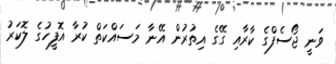
ވަނީ ޖޯސެފްގެ ކާރާއި ގޭގެ އިތުރުން އޭނާ މަސައްކަތް ކުރާ އޮފީހުގެ ލޮކަރު